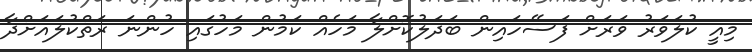
މިއީ ކުލަވަރު ވަރަށް ފަސޭހައިން ބަދަލުކޮށްލާ މަހެއް ކަމުން މަހުގައި ހުންނަ ރަތްކުލައަށްދާ